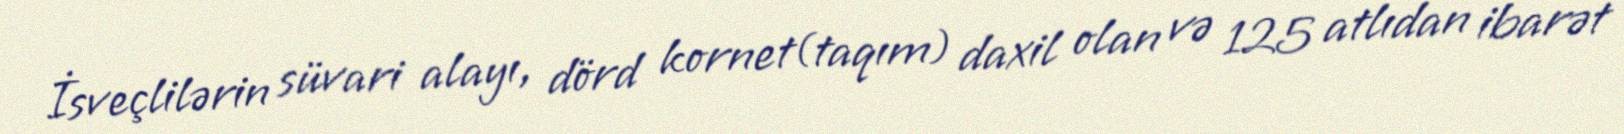
İsveçlilərin süvari alayı, dörd kornet(taqım) daxil olan və 125 atlıdan ibarət